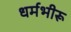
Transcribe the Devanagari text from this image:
धर्मभीरू